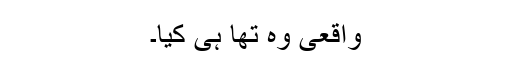
واقعی وہ تھا ہی کیا۔